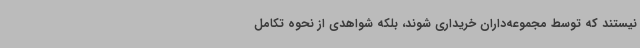
نیستند که توسط مجموعه‌داران خریداری شوند، بلکه شواهدی از نحوه تکامل